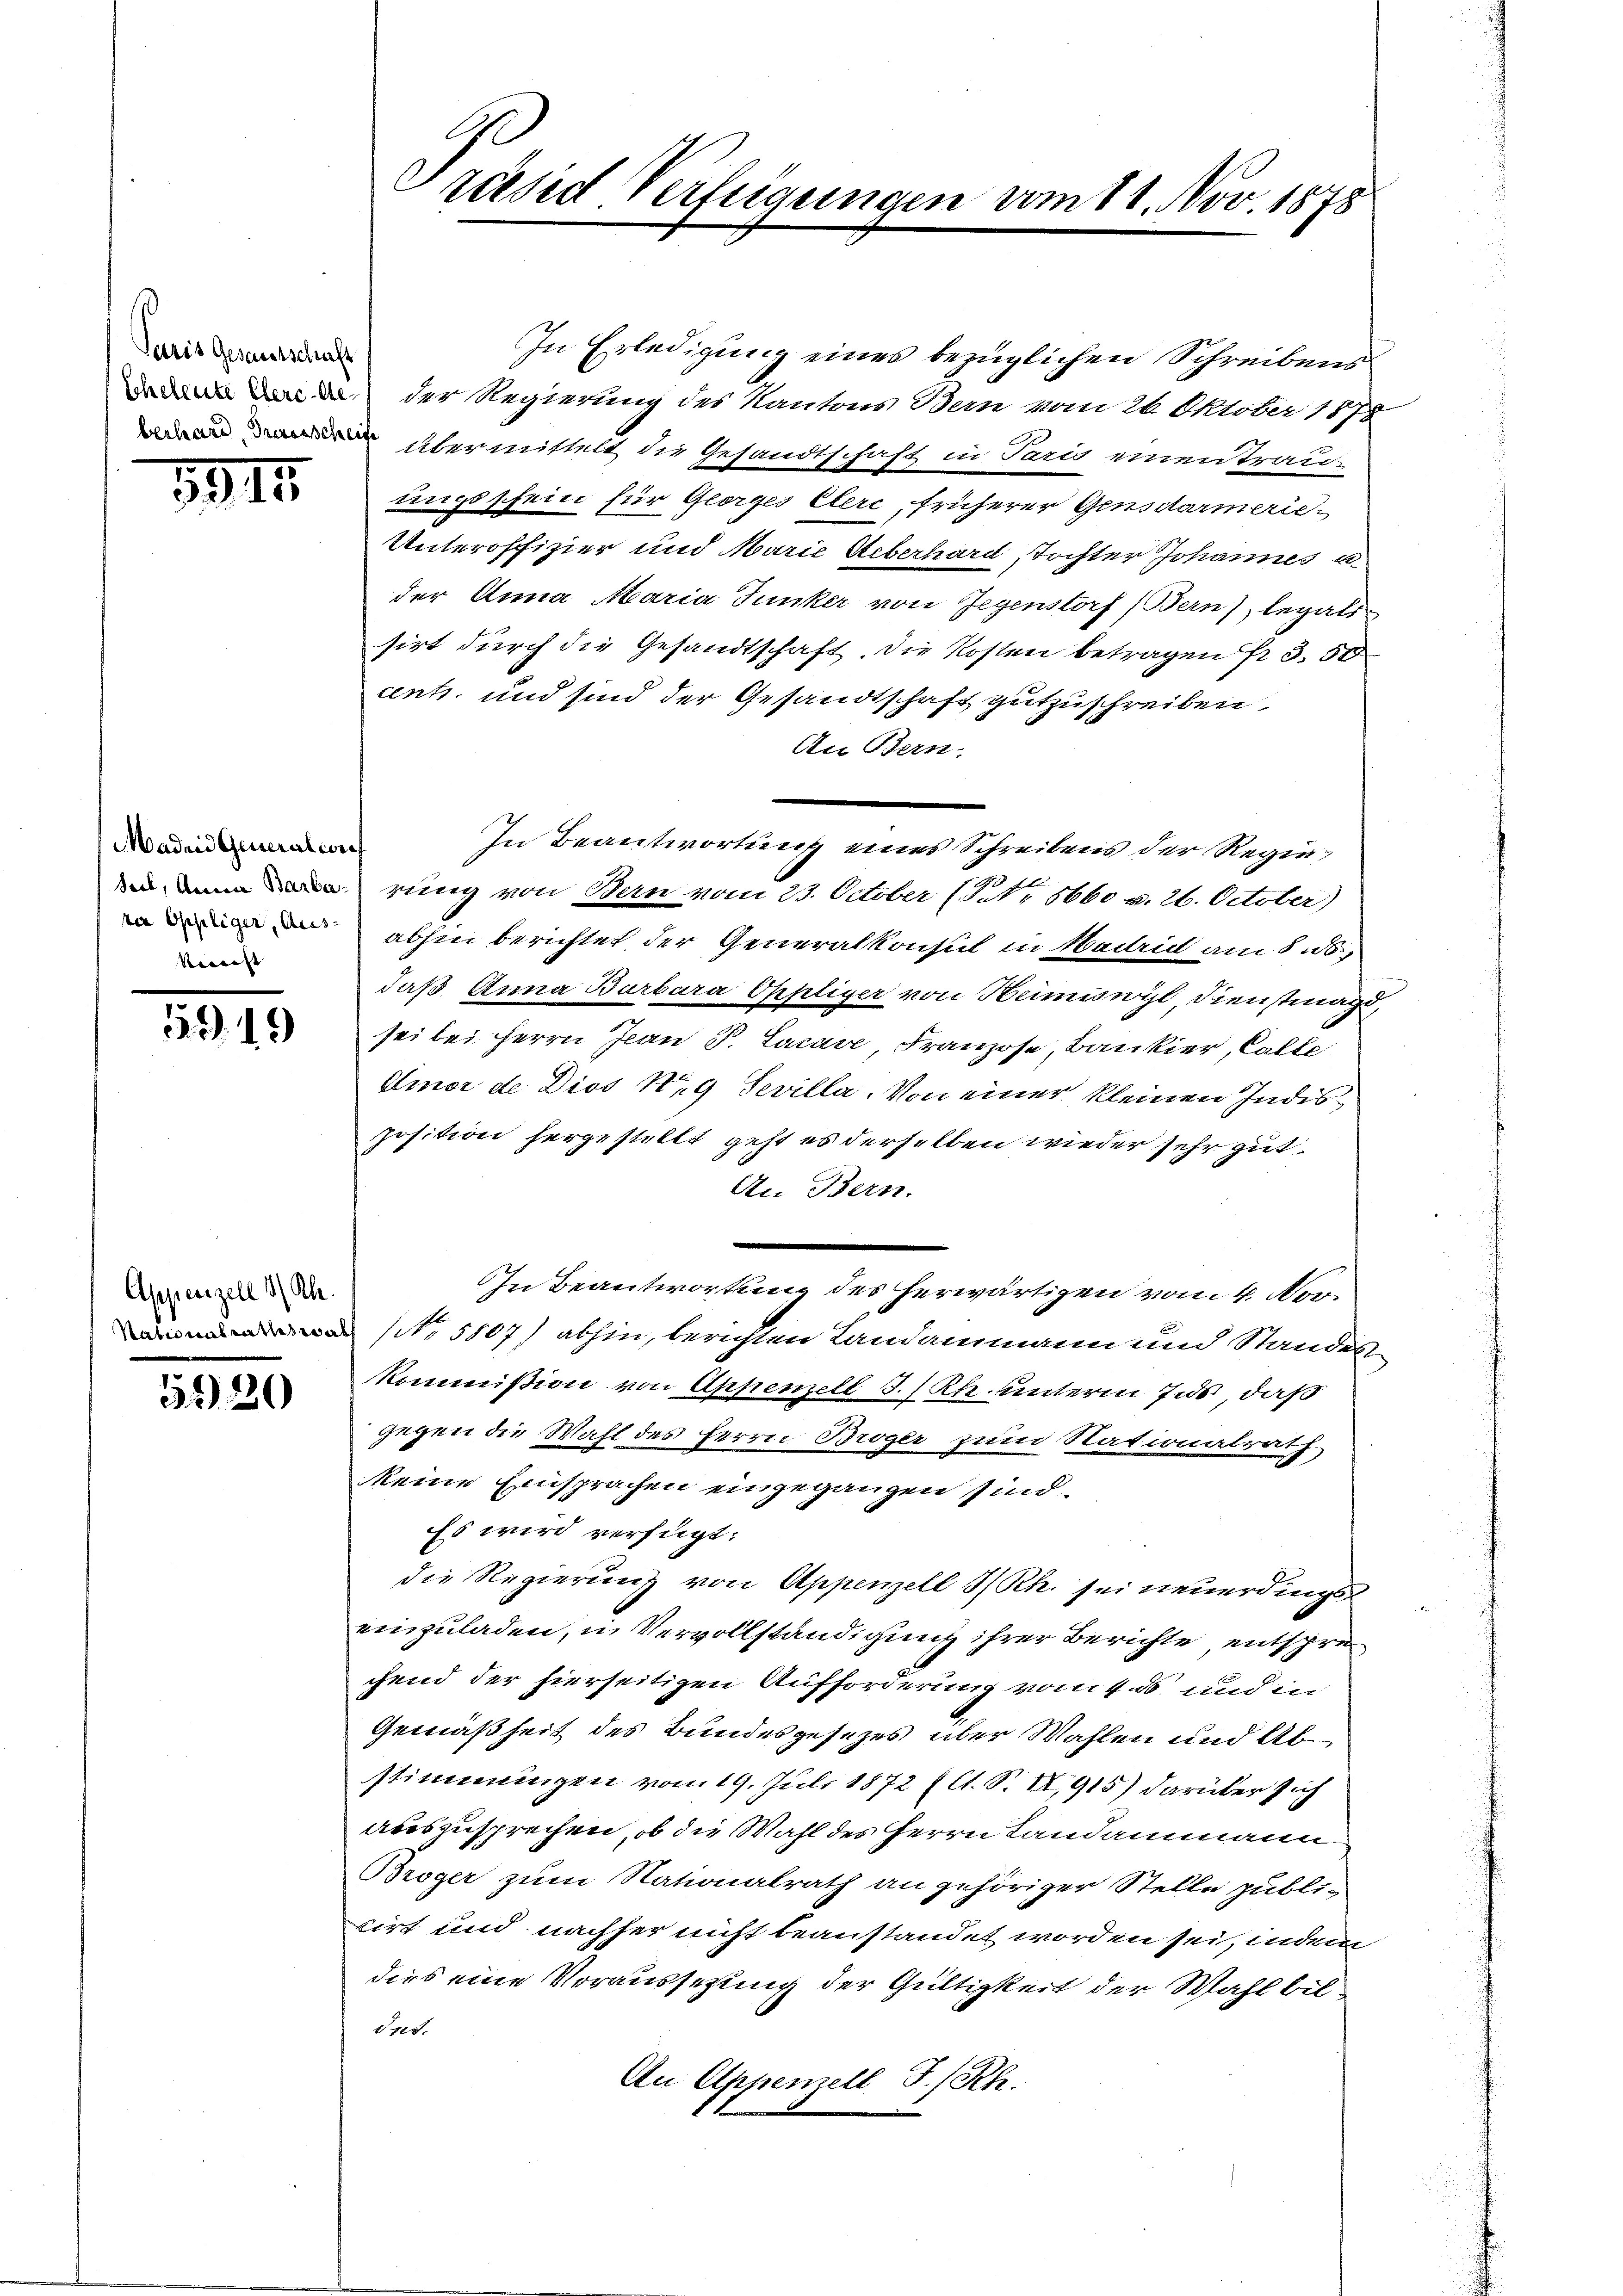
Paris Gesamtschaft

3915.

Madrid Generalerie
Kraft |

5919

Appenzell I/Rh.

3320

In Erledigung eines bezüglichen Schreibens
 der Regierung des Kantons Bern vom 26. Oktober 1878
 übermittelt die Gesandtschaft in Parus einen Trau-
ungsschein für Georges Cere, früherer Gensdarmerie¬
Unteroffizier und Marie Ueberhard, Tochter Johannes u.
der Anna Maria Junker von Gegenstorf (Bern), legali
sirt durch die Gesandtschaft. Die Kosten betragen 3. 50
cent, und sind der Gesandtschaft gutzuschreiben
An Bern.
In Beantwortung eines Schreibens der Regierung von Bern vom 23. October (NNo. 5660 u. 26. October)
abhie berichtet der Generalkonsul in Nadel am 8.
daß Anna Barbara Oppliger von Heimiswyl, Dienstmagd,
sei bei Herrn Jean P. Locare, Franzose, Bankier, Calte
Amor de Dios Nr 9 Sevilla. Von einer kleinen Indisposition hergestellt, geht es derselben wieder sehr gut.
An Bern.
In Beantwortung des herwärtigen vom 4. Nov.
(Nr 5807) abhin, berichten Landammann und Standes-
Kommißion von Appenzell I.Rh. unterm Ius, daß
gegen die Wahl des Herrn Broger zum Rationalrath
keine Einsprachen eingegangen sind.
Es wird verfügt:
die Regierung von Appenzell I/Rh. sei neuerdings
einzuladen, in Vervollständigung ihrer Berichte, entsprechend der hierseitigen Aufforderung vom 4. ds. und in
Gemäßheit des Bundesgesezes über Wahlen und Abstimmungen vom 19. Juli 1872 (lt. S. IX,915) darüber sich
auszusprechen, ob die Wahl des Herrn Landammann
Broger zum Nationalrath an gehöriger Stelle publi-
cirt und nachher nicht beanstandet worden sei, indem
dies eine Voraussetzung der Gültigkeit der Wahl bil¬
1125.
An Appenzell I/Rh.

räsd Verfügungen vom 11. Nov. 1878